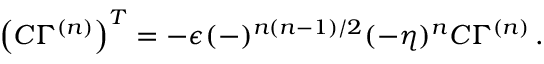
\left( { \cal C } \Gamma ^ { ( n ) } \right) ^ { T } = - \epsilon ( - ) ^ { n ( n - 1 ) / 2 } ( - \eta ) ^ { n } { \cal C } \Gamma ^ { ( n ) } \, .